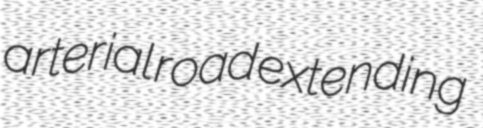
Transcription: arterial road extending